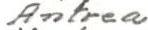
Antrea